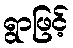
ရွာဖြင့်